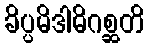
ခိပ္ပမိဒါဓိဂစ္ဆတိ